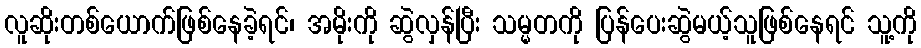
လူဆိုးတစ်ယောက်ဖြစ်နေခဲ့ရင်၊ အမိုးကို ဆွဲလှန်ပြီး သမ္မတကို ပြန်ပေးဆွဲမယ့်သူဖြစ်နေရင် သူ့ကို